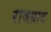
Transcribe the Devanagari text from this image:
राजप्राद